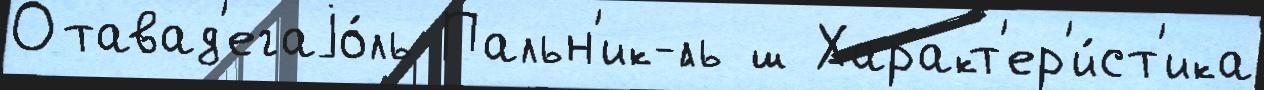
Отавад'егаjо́ль Пальн'ик-́ль ш Характ'ер'и́ст'ика